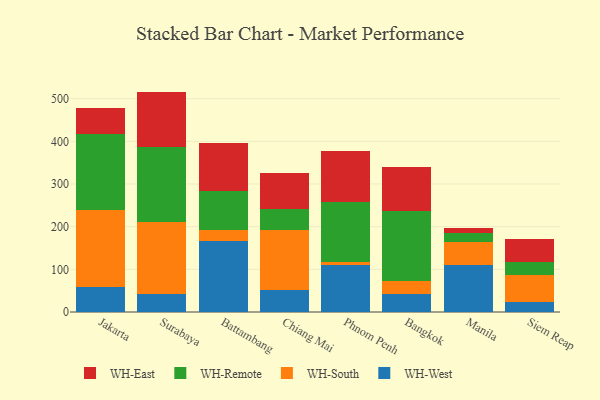
{"axis": {"x": "City", "y": "Population (Million)"}, "legend": ["WH-East", "WH-Remote", "WH-South", "WH-West"], "data": [{"x": "Jakarta", "y": 59.1, "type": "WH-West"}, {"x": "Jakarta", "y": 179.1, "type": "WH-South"}, {"x": "Jakarta", "y": 178.7, "type": "WH-Remote"}, {"x": "Jakarta", "y": 60.2, "type": "WH-East"}, {"x": "Surabaya", "y": 41.5, "type": "WH-West"}, {"x": "Surabaya", "y": 169.8, "type": "WH-South"}, {"x": "Surabaya", "y": 174.9, "type": "WH-Remote"}, {"x": "Surabaya", "y": 130.4, "type": "WH-East"}, {"x": "Battambang", "y": 166.8, "type": "WH-West"}, {"x": "Battambang", "y": 25.6, "type": "WH-South"}, {"x": "Battambang", "y": 91.7, "type": "WH-Remote"}, {"x": "Battambang", "y": 112.9, "type": "WH-East"}, {"x": "Chiang Mai", "y": 52.6, "type": "WH-West"}, {"x": "Chiang Mai", "y": 138.7, "type": "WH-South"}, {"x": "Chiang Mai", "y": 50.8, "type": "WH-Remote"}, {"x": "Chiang Mai", "y": 83.5, "type": "WH-East"}, {"x": "Phnom Penh", "y": 110.2, "type": "WH-West"}, {"x": "Phnom Penh", "y": 5.9, "type": "WH-South"}, {"x": "Phnom Penh", "y": 141.3, "type": "WH-Remote"}, {"x": "Phnom Penh", "y": 120.6, "type": "WH-East"}, {"x": "Bangkok", "y": 41.7, "type": "WH-West"}, {"x": "Bangkok", "y": 31.0, "type": "WH-South"}, {"x": "Bangkok", "y": 163.1, "type": "WH-Remote"}, {"x": "Bangkok", "y": 104.4, "type": "WH-East"}, {"x": "Manila", "y": 110.3, "type": "WH-West"}, {"x": "Manila", "y": 54.8, "type": "WH-South"}, {"x": "Manila", "y": 20.4, "type": "WH-Remote"}, {"x": "Manila", "y": 11.1, "type": "WH-East"}, {"x": "Siem Reap", "y": 23.4, "type": "WH-West"}, {"x": "Siem Reap", "y": 62.6, "type": "WH-South"}, {"x": "Siem Reap", "y": 31.9, "type": "WH-Remote"}, {"x": "Siem Reap", "y": 52.5, "type": "WH-East"}]}